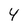
Character: 4